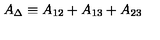
A _ { \Delta } \equiv A _ { 1 2 } + A _ { 1 3 } + A _ { 2 3 }